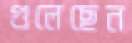
গুলেছেন